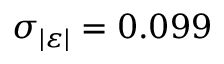
\sigma _ { | \varepsilon | } = 0 . 0 9 9